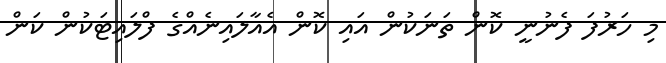
މި ހަރުފަ ފެނުނީ ކޮން ތަނަކުން އައި ކޮން އެއާލައިނެއްގެ ފްލައިޓަކުން ކަން